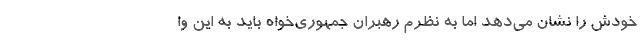
خودش را نشان می‌دهد اما به نظرم رهبران جمهوری‌خواه باید به این وا